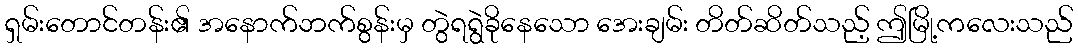
ရှမ်းတောင်တန်း၏ အနောက်ဘက်စွန်းမှ တွဲရရွဲခိုနေသော အေးချမ်း တိတ်ဆိတ်သည့် ဤမြို့ကလေးသည်